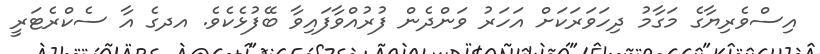
އިސްވެރިޔާގެ މަގާމު ދިހަވަރަކަށް އަހަރު ވަންދެން ފުރުއްވާފައިވާ ބޭފުޅެކެވެ. އދގެ އާ ސެކްރެޓަރީ